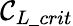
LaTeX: \mathcal{C}_{L\_ crit}